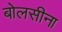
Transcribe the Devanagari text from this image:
बोलसीना